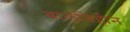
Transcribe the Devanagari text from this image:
बालविहीन